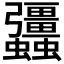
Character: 𧖑